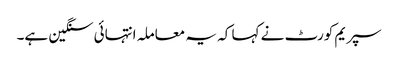
سپریم کورٹ نے کہا کہ یہ معاملہ انتہائی سنگین ہے۔